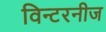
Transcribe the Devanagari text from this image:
विन्टरनीज